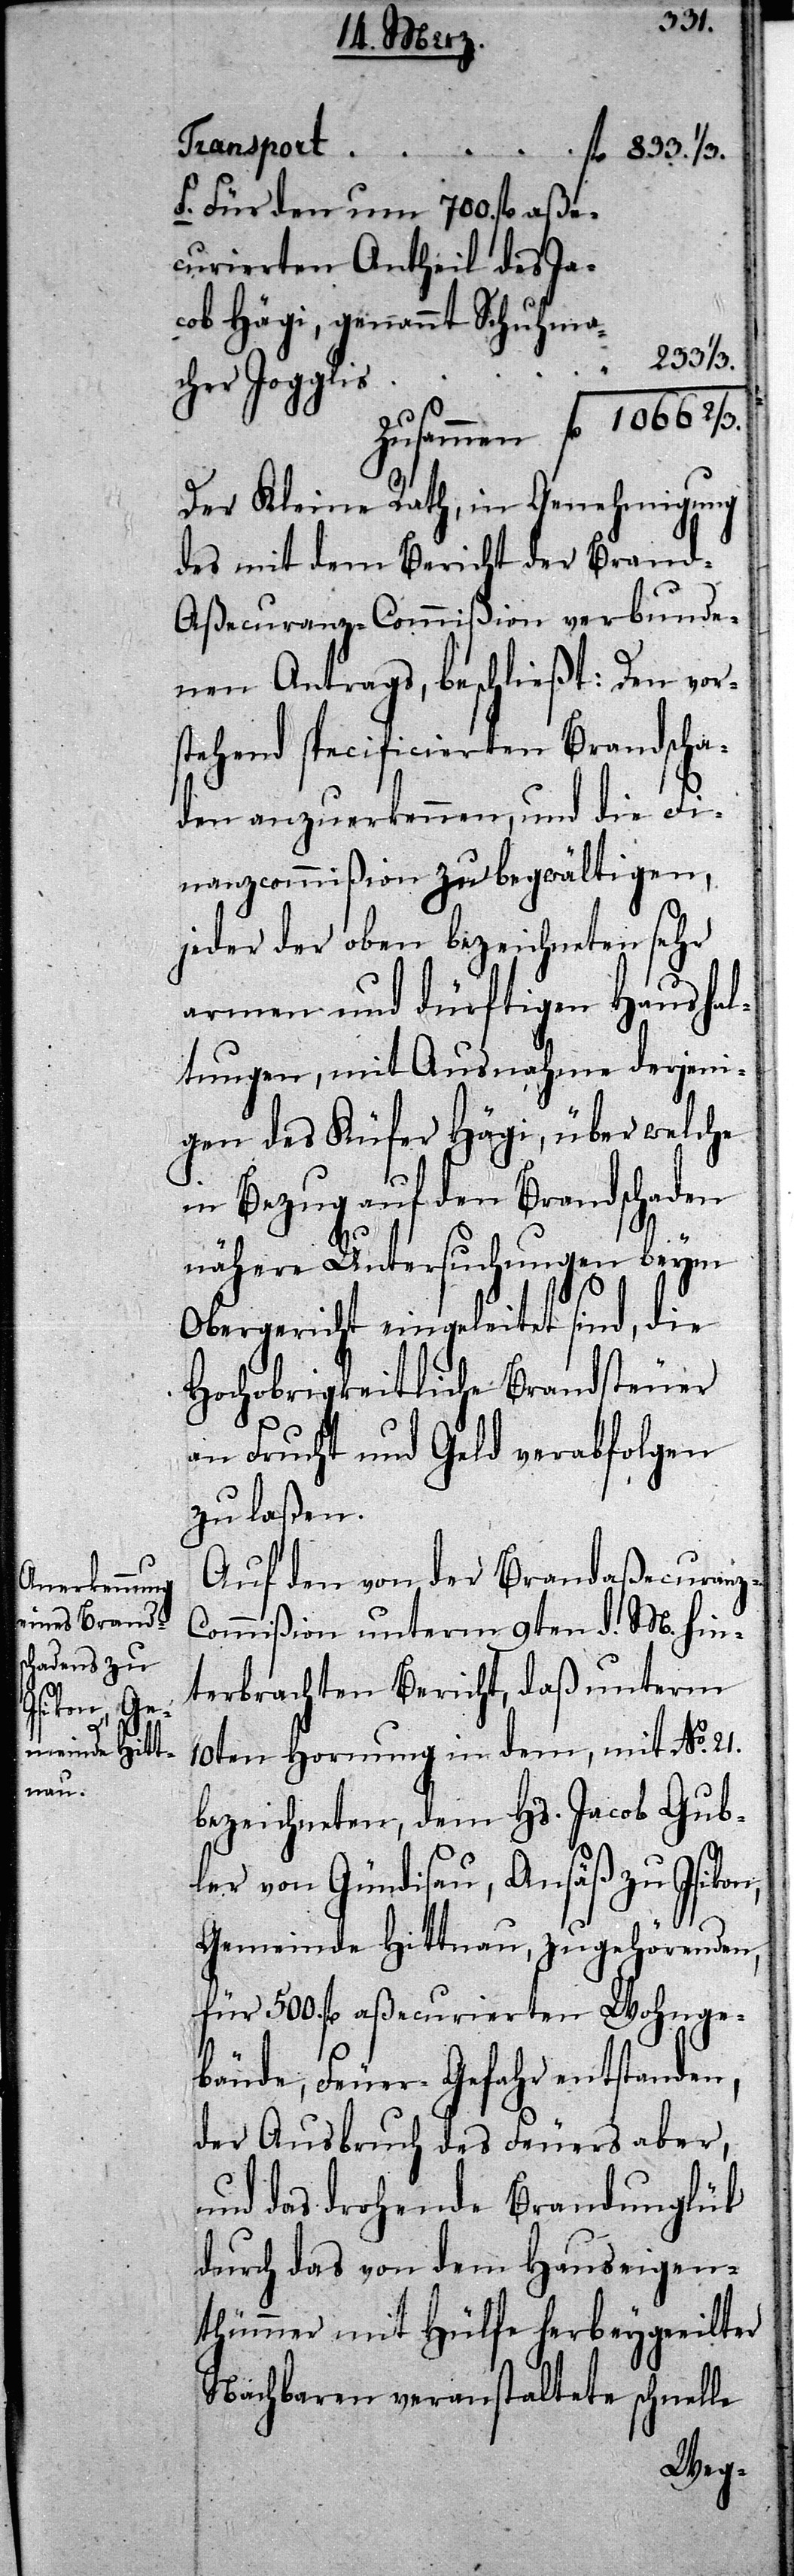
233.
f. Für den um 700. fl aße¬
curierten Antheil des Ja¬
cob Hägi, genannt Schuhmacher
Der Kleine Rath, in Genehmigung
des mit dem Bericht der Brand-A¬
ßecuranz-Commißion verbunde¬
nen Antrags, beschließt: Den vor¬
stehend specificierten Brandscha¬
den anzuerkennen, und die Fi¬
nanzcommißion zu begwältigen,
jeder der oben bezeichneten sehr
armen und dürftigen Haushal¬
tungen, mit Ausnahme derjeni¬
gen des Küfer Hägi, über welche
in Bezug auf den Brandschaden
nähere Untersuchungen beym
Obergericht eingeleitet sind, die
Hochobrigkeitliche Brandsteuer
an Frucht und Geld verabfolgen
zu laßen.
Auf den von der Brandaßecuranz-C¬
ommißion unterm 9ten d. M. hin¬
terbrachten Bericht, daß unterm
10ten Hornung in dem, mit No. 21.
bezeichneten, dem Hs. Jacob Gub¬
ler von Gündisau, Ansäß zu Isikon,
Gemeinde Hittnau, zugehörenden,
für 500. fl aßecurierten Wohnge¬
bäude, Feuer-Gefahr entstanden,
der Ausbruch des Feuers aber,
und das drohende Brandunglük
durch das von dem Hauseigen¬
thümmer mit Hülfe herbeygeeilter
Nachbaren veranstaltete schnelle